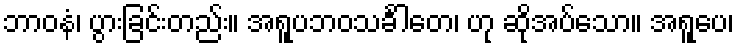
ဘာဝနံ၊ ပွားခြင်းတည်း။ အရူပဘဝသင်္ခါတေ၊ ဟု ဆိုအပ်သော။ အရူပေ၊